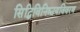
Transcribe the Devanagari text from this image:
सिद्धिविनिश्चयविवरण